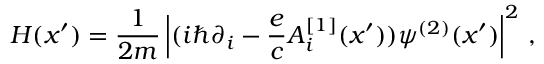
{ \cal H } ( x { ' } ) = { \frac { 1 } { 2 m } } \left| ( i \hbar \partial _ { i } - { \frac { e } { c } } A _ { i } ^ { [ 1 ] } ( x { ' } ) ) \psi ^ { ( 2 ) } ( x { ' } ) \right| ^ { 2 } \, ,